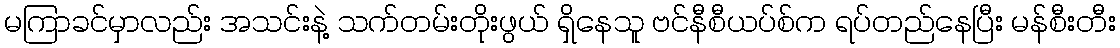
မကြာခင်မှာလည်း အသင်းနဲ့ သက်တမ်းတိုးဖွယ် ရှိနေသူ ဗင်နီစီယပ်စ်က ရပ်တည်နေပြီး မန်စီးတီး